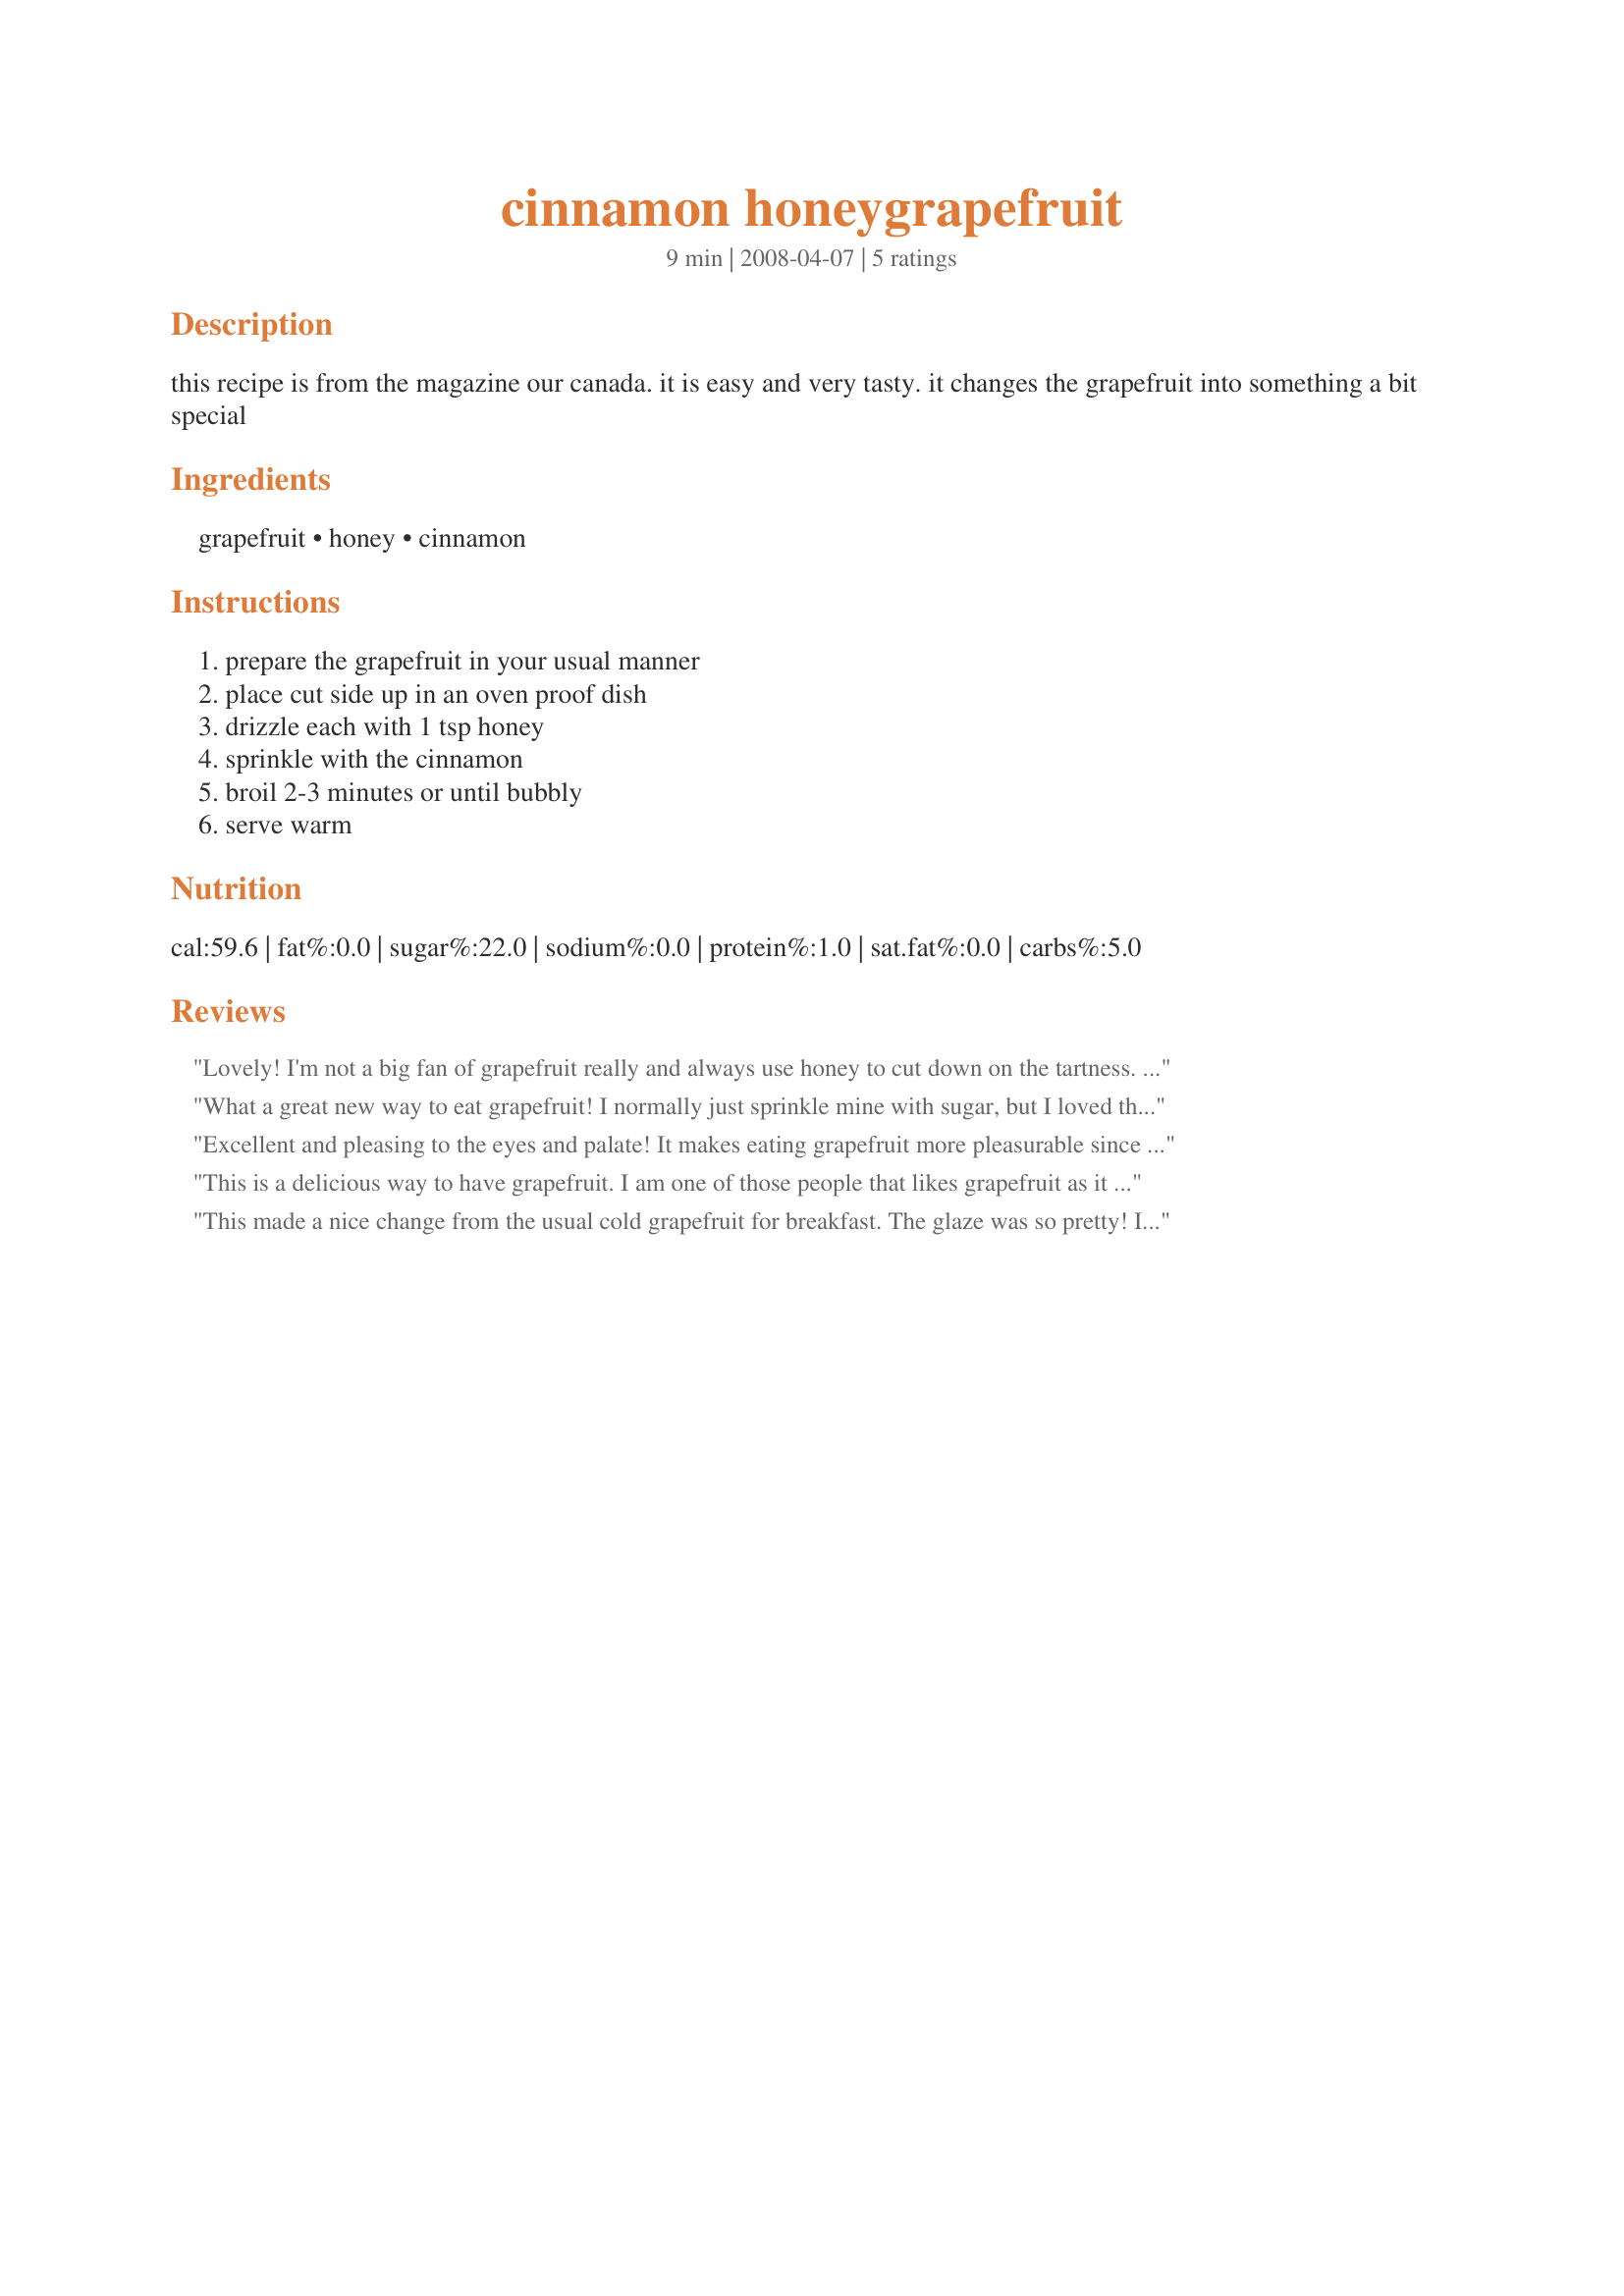
cinnamon honeygrapefruit
Preparation time: 9 minutes

this recipe is from the magazine our canada. it is easy and very tasty. it changes the grapefruit into something a bit special

Ingredients:
grapefruit, honey, cinnamon

Steps:
prepare the grapefruit in your usual manner, place cut side up in an oven proof dish, drizzle each with 1 tsp honey, sprinkle with the cinnamon, broil 2-3 minutes or until bubbly, serve warm

Reviews:
Lovely! I'm not a big fan of grapefruit really and always use honey to cut down on the tartness. But my, oh my, what a difference the cinnamon makes! A glorious union of tastes - this recipe will make grapefruits a staple in my household! Thanks Bergy!
What a great new way to eat grapefruit! I normally just sprinkle mine with sugar, but I loved this with the honey and cinnamon.
Excellent and pleasing to the eyes and palate! It makes eating grapefruit more pleasurable since the honey & cinnamon lessens the sour taste of this fruit. Very easy and quick to make too. Thanks, Bergy!
This is a delicious way to have grapefruit. I am one of those people that likes grapefruit as it is, but my dh can't stand it. This blend mellows out the strong taste and gives it a much more neutral flavor. Thanks for posting!
This made a nice change from the usual cold grapefruit for breakfast. The glaze was so pretty! It was also easy & quick to prepare. Thanks Bergy!
